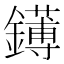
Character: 䥬